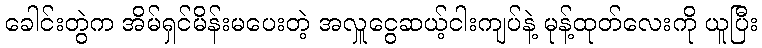
ခေါင်းတွဲက အိမ်ရှင်မိန်းမပေးတဲ့ အလှူငွေဆယ့်ငါးကျပ်နဲ့ မုန့်ထုတ်လေးကို ယူပြီး